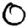
Digit: 0